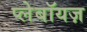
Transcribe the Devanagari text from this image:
प्लेबॉयज़